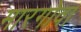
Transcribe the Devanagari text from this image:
मारगोवा